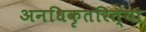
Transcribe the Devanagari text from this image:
अनधिकृतरित्या